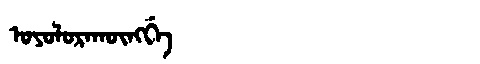
Manchu: ᠣᠶᠣᠯᠣᡵᠠᡴᡡᠩᡤᡝ
Romanization: OYOLORAKŪNGGE